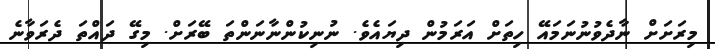
މިރަށަށް ނާދެވުނުނަމައޭ ހިތަށް އަރަމުން ދިޔައެވެ. ނުނިކުންނާނަންތަ ބޭރަށް. މިގޭ ދައްތަ ދެރަވާނެ